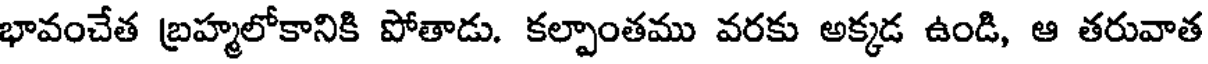
భావంచేత బ్రహ్మలోకానికి పోతాడు. కల్పాంతము వరకు అక్కడ ఉండి, ఆ తరువాత